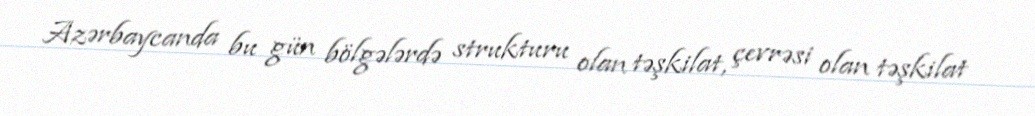
Azərbaycanda bu gün bölgələrdə strukturu olan təşkilat, çevrəsi olan təşkilat